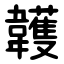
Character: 䪝